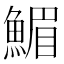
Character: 𩹪